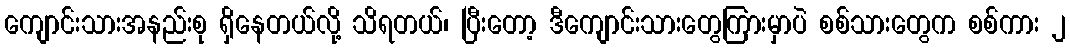
ကျောင်းသားအနည်းစု ရှိနေတယ်လို့ သိရတယ်၊ ပြီးတော့ ဒီကျောင်းသားတွေကြားမှာပဲ စစ်သားတွေက စစ်ကား ၂